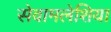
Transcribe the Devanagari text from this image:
सेवामलेशिया